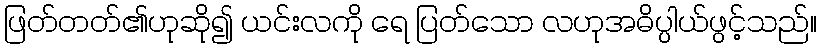
ဖြတ်တတ်၏ဟုဆို၍ ယင်းလကို ရေ ပြတ်သော လဟုအဓိပ္ပါယ်ဖွင့်သည်။